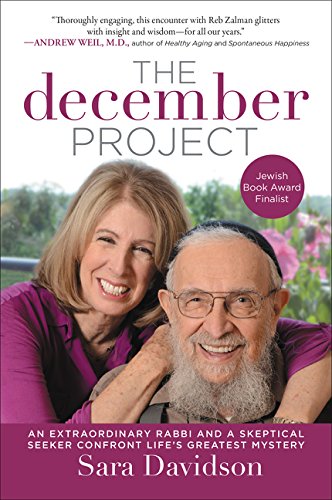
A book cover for The December Project: An Extraordinary Rabbi and a Skeptical Seeker Confront Life's Greatest Mystery; Sara Davidson; Religion & Spirituality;